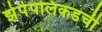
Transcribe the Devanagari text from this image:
झेपेपलिकडची